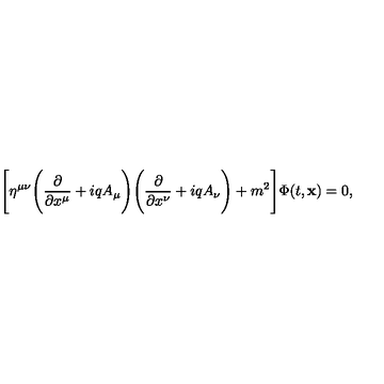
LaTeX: \Biggl [ \eta ^ { \mu \nu } \Biggl ( \frac { \partial } { \partial x ^ { \mu } } + i q A _ { \mu } \Biggr ) \Biggl ( \frac { \partial } { \partial x ^ { \nu } } + i q A _ { \nu } \Biggr ) + m ^ { 2 } \Biggr ] \Phi ( t , { \bf x } ) = 0 ,